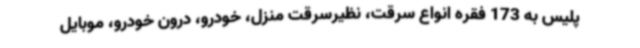
پلیس به 173 فقره انواع سرقت، نظیرسرقت منزل، خودرو، درون خودرو، موبایل